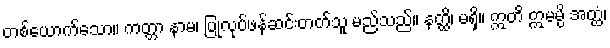
တစ်ယောက်သော။ ကတ္တာ နာမ၊ ပြုလုပ်ဖန်ဆင်းတတ်သူ မည်သည်။ နတ္ထိ၊ မရှိ။ ဣတိ ဣမမ္ပိ အတ္ထံ၊